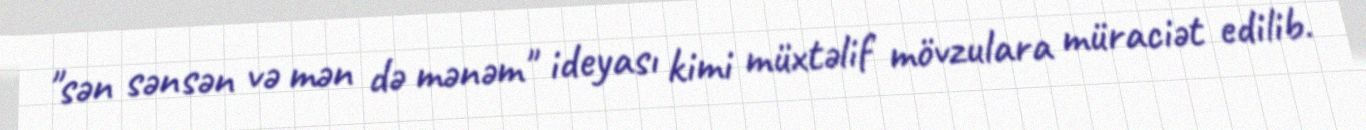
"sən sənsən və mən də mənəm" ideyası kimi müxtəlif mövzulara müraciət edilib.